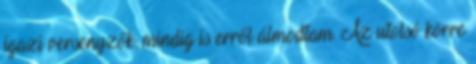
igazi versenyzők, mindig is erről álmodtam. Az utolsó körre